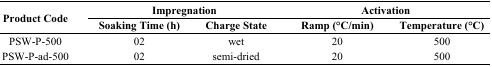
<table><thead><tr><td rowspan="3"><b>Product Code</b></td><td colspan="2"><b>Impregnation</b></td><td colspan="2"><b>Activation</b></td></tr><tr><td><b>Soaking Time (h)</b></td><td><b>Charge State</b></td><td><b>Ramp (°C/min)</b></td><td><b>Temperature (°C)</b></td></tr></thead><tbody><tr><td>PSW-P-500</td><td>02</td><td>wet</td><td>20</td><td>500</td></tr><tr><td>PSW-P-ad-500</td><td>02</td><td>semi-dried</td><td>20</td><td>500</td></tr></tbody></table>